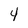
Character: 4